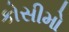
કોસીમો